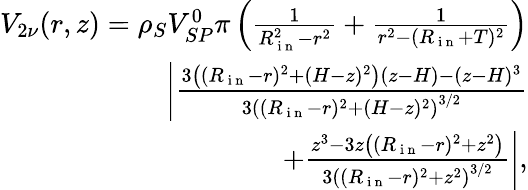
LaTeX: \begin{array}{r}{V_{2\nu}(r,z)=\rho_{S}V_{SP}^{0}\pi\left(\frac{1}{R_{\mathrm{~i~n~}}^{2}-r^{2}}+\frac{1}{r^{2}-(R_{\mathrm{~i~n~}}+T)^{2}}\right)}\\ {\bigg\lvert\frac{3\left((R_{\mathrm{~i~n~}}-r)^{2}+(H-z)^{2}\right)(z-H)-(z-H)^{3}}{3\left((R_{\mathrm{~i~n~}}-r)^{2}+(H-z)^{2}\right)^{3/2}}}\\ {+\frac{z^{3}-3z\left((R_{\mathrm{~i~n~}}-r)^{2}+z^{2}\right)}{3\left((R_{\mathrm{~i~n~}}-r)^{2}+z^{2}\right)^{3/2}}\bigg\rvert,}\end{array}